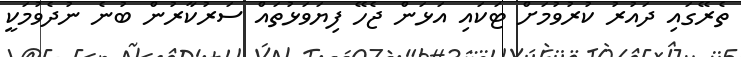
ތެރޭގައި ދައުރު ކުރުވުމަށް ޓަކައި އަޅަން ޖެހޭ ފިޔަވަޅުތައް ސަރުކާރުން ބުނެ ނުދެވުމަކީ